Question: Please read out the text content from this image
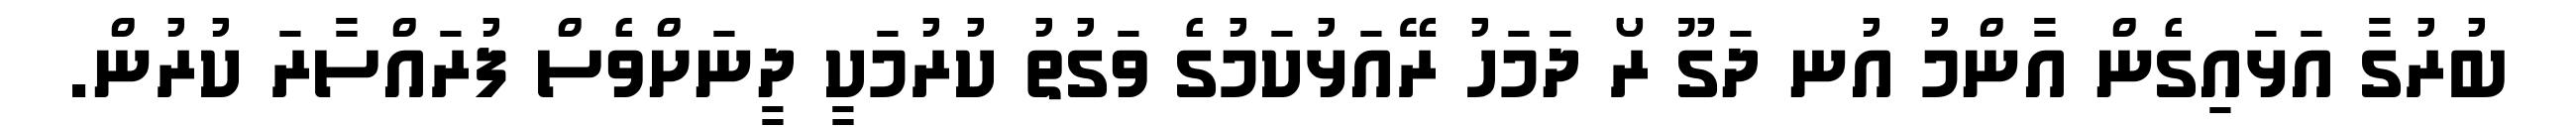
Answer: ބުރުގާ އަޅައިގެން އާންމު އުނ ދަގޫ ރޯ ދަމަހު ރޭއަޅުކަމުގެ ވަގުތު ކުރުމަކީ ދީނަށްވެސް ފުރައްސާރަ ކުރުން.